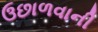
ઉછાળવાની